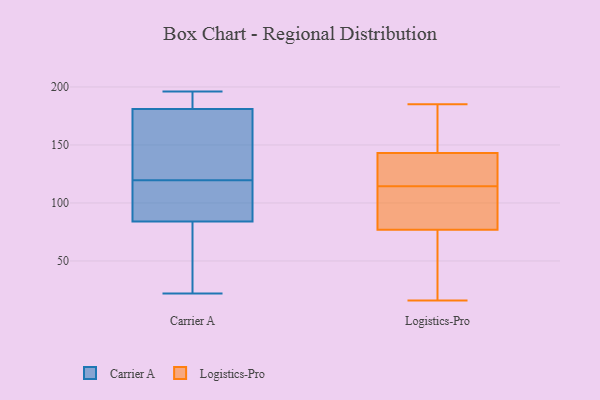
{"axis": {"x": "Inventory Turnover", "y": "Value"}, "legend": ["Carrier A", "Logistics-Pro"], "data": [{"x": "", "y": 109, "type": "Carrier A"}, {"x": "", "y": 80, "type": "Carrier A"}, {"x": "", "y": 84, "type": "Carrier A"}, {"x": "", "y": 27, "type": "Carrier A"}, {"x": "", "y": 146, "type": "Carrier A"}, {"x": "", "y": 92, "type": "Carrier A"}, {"x": "", "y": 196, "type": "Carrier A"}, {"x": "", "y": 143, "type": "Carrier A"}, {"x": "", "y": 99, "type": "Carrier A"}, {"x": "", "y": 188, "type": "Carrier A"}, {"x": "", "y": 192, "type": "Carrier A"}, {"x": "", "y": 160, "type": "Carrier A"}, {"x": "", "y": 181, "type": "Carrier A"}, {"x": "", "y": 189, "type": "Carrier A"}, {"x": "", "y": 108, "type": "Carrier A"}, {"x": "", "y": 130, "type": "Carrier A"}, {"x": "", "y": 23, "type": "Carrier A"}, {"x": "", "y": 22, "type": "Carrier A"}, {"x": "", "y": 77, "type": "Logistics-Pro"}, {"x": "", "y": 147, "type": "Logistics-Pro"}, {"x": "", "y": 114, "type": "Logistics-Pro"}, {"x": "", "y": 95, "type": "Logistics-Pro"}, {"x": "", "y": 143, "type": "Logistics-Pro"}, {"x": "", "y": 22, "type": "Logistics-Pro"}, {"x": "", "y": 16, "type": "Logistics-Pro"}, {"x": "", "y": 150, "type": "Logistics-Pro"}, {"x": "", "y": 143, "type": "Logistics-Pro"}, {"x": "", "y": 115, "type": "Logistics-Pro"}, {"x": "", "y": 122, "type": "Logistics-Pro"}, {"x": "", "y": 19, "type": "Logistics-Pro"}, {"x": "", "y": 185, "type": "Logistics-Pro"}, {"x": "", "y": 88, "type": "Logistics-Pro"}]}